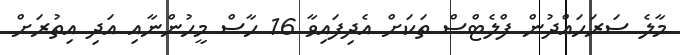
މާލެ ސަރަހައްދުން ފްލެޓްސް ތަކަށް އެދިފައިވާ 16 ހާސް މީހުންނާއި އަދި އިތުރަށް